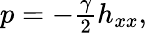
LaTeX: \begin{array}{r}{p=-\frac{\gamma}{2}h_{xx},}\end{array}